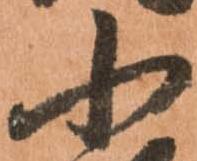
小